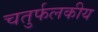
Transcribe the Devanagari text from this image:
चतुर्फलकीय